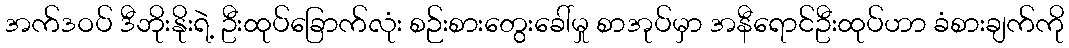
အက်ဒဝပ် ဒီဘိုးနိုးရဲ့ ဦးထုပ်ခြောက်လုံး စဉ်းစားတွေးခေါ်မှု စာအုပ်မှာ အနီရောင်ဦးထုပ်ဟာ ခံစားချက်ကို